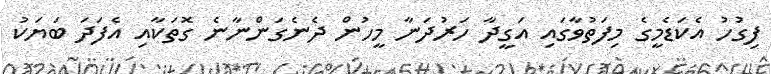
ފިގުހު އެކަޑެމީގެ މިފަތުވާގައި އަގީދާ ހަރުދަނާ މީހުން ދެނެގަންނާނެ ގޮތަކާއި އެފަދަ ބަޔަކު